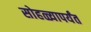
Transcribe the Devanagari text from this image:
सोहळ्यापर्यंत